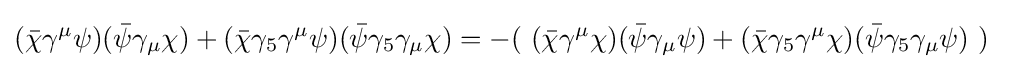
({\bar {\chi }}\gamma ^{\mu }\psi )({\bar {\psi }}\gamma _{\mu }\chi )+({\bar {\chi }}\gamma _{5}\gamma ^{\mu }\psi )({\bar {\psi }}\gamma _{5}\gamma _{\mu }\chi )=-(~({\bar {\chi }}\gamma ^{\mu }\chi )({\bar {\psi }}\gamma _{\mu }\psi )+({\bar {\chi }}\gamma _{5}\gamma ^{\mu }\chi )({\bar {\psi }}\gamma _{5}\gamma _{\mu }\psi )~)~